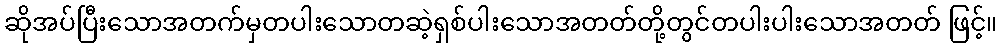
ဆိုအပ်ပြီးသောအတက်မှတပါးသောတဆဲ့ရှစ်ပါးသောအတတ်တို့တွင်တပါးပါးသောအတတ် ဖြင့်။